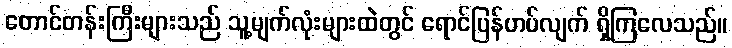
တောင်တန်းကြီးများသည် သူ့မျက်လုံးများထဲတွင် ရောင်ပြန်ဟပ်လျက် ရှိကြလေသည်။